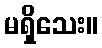
မရှိသေး။